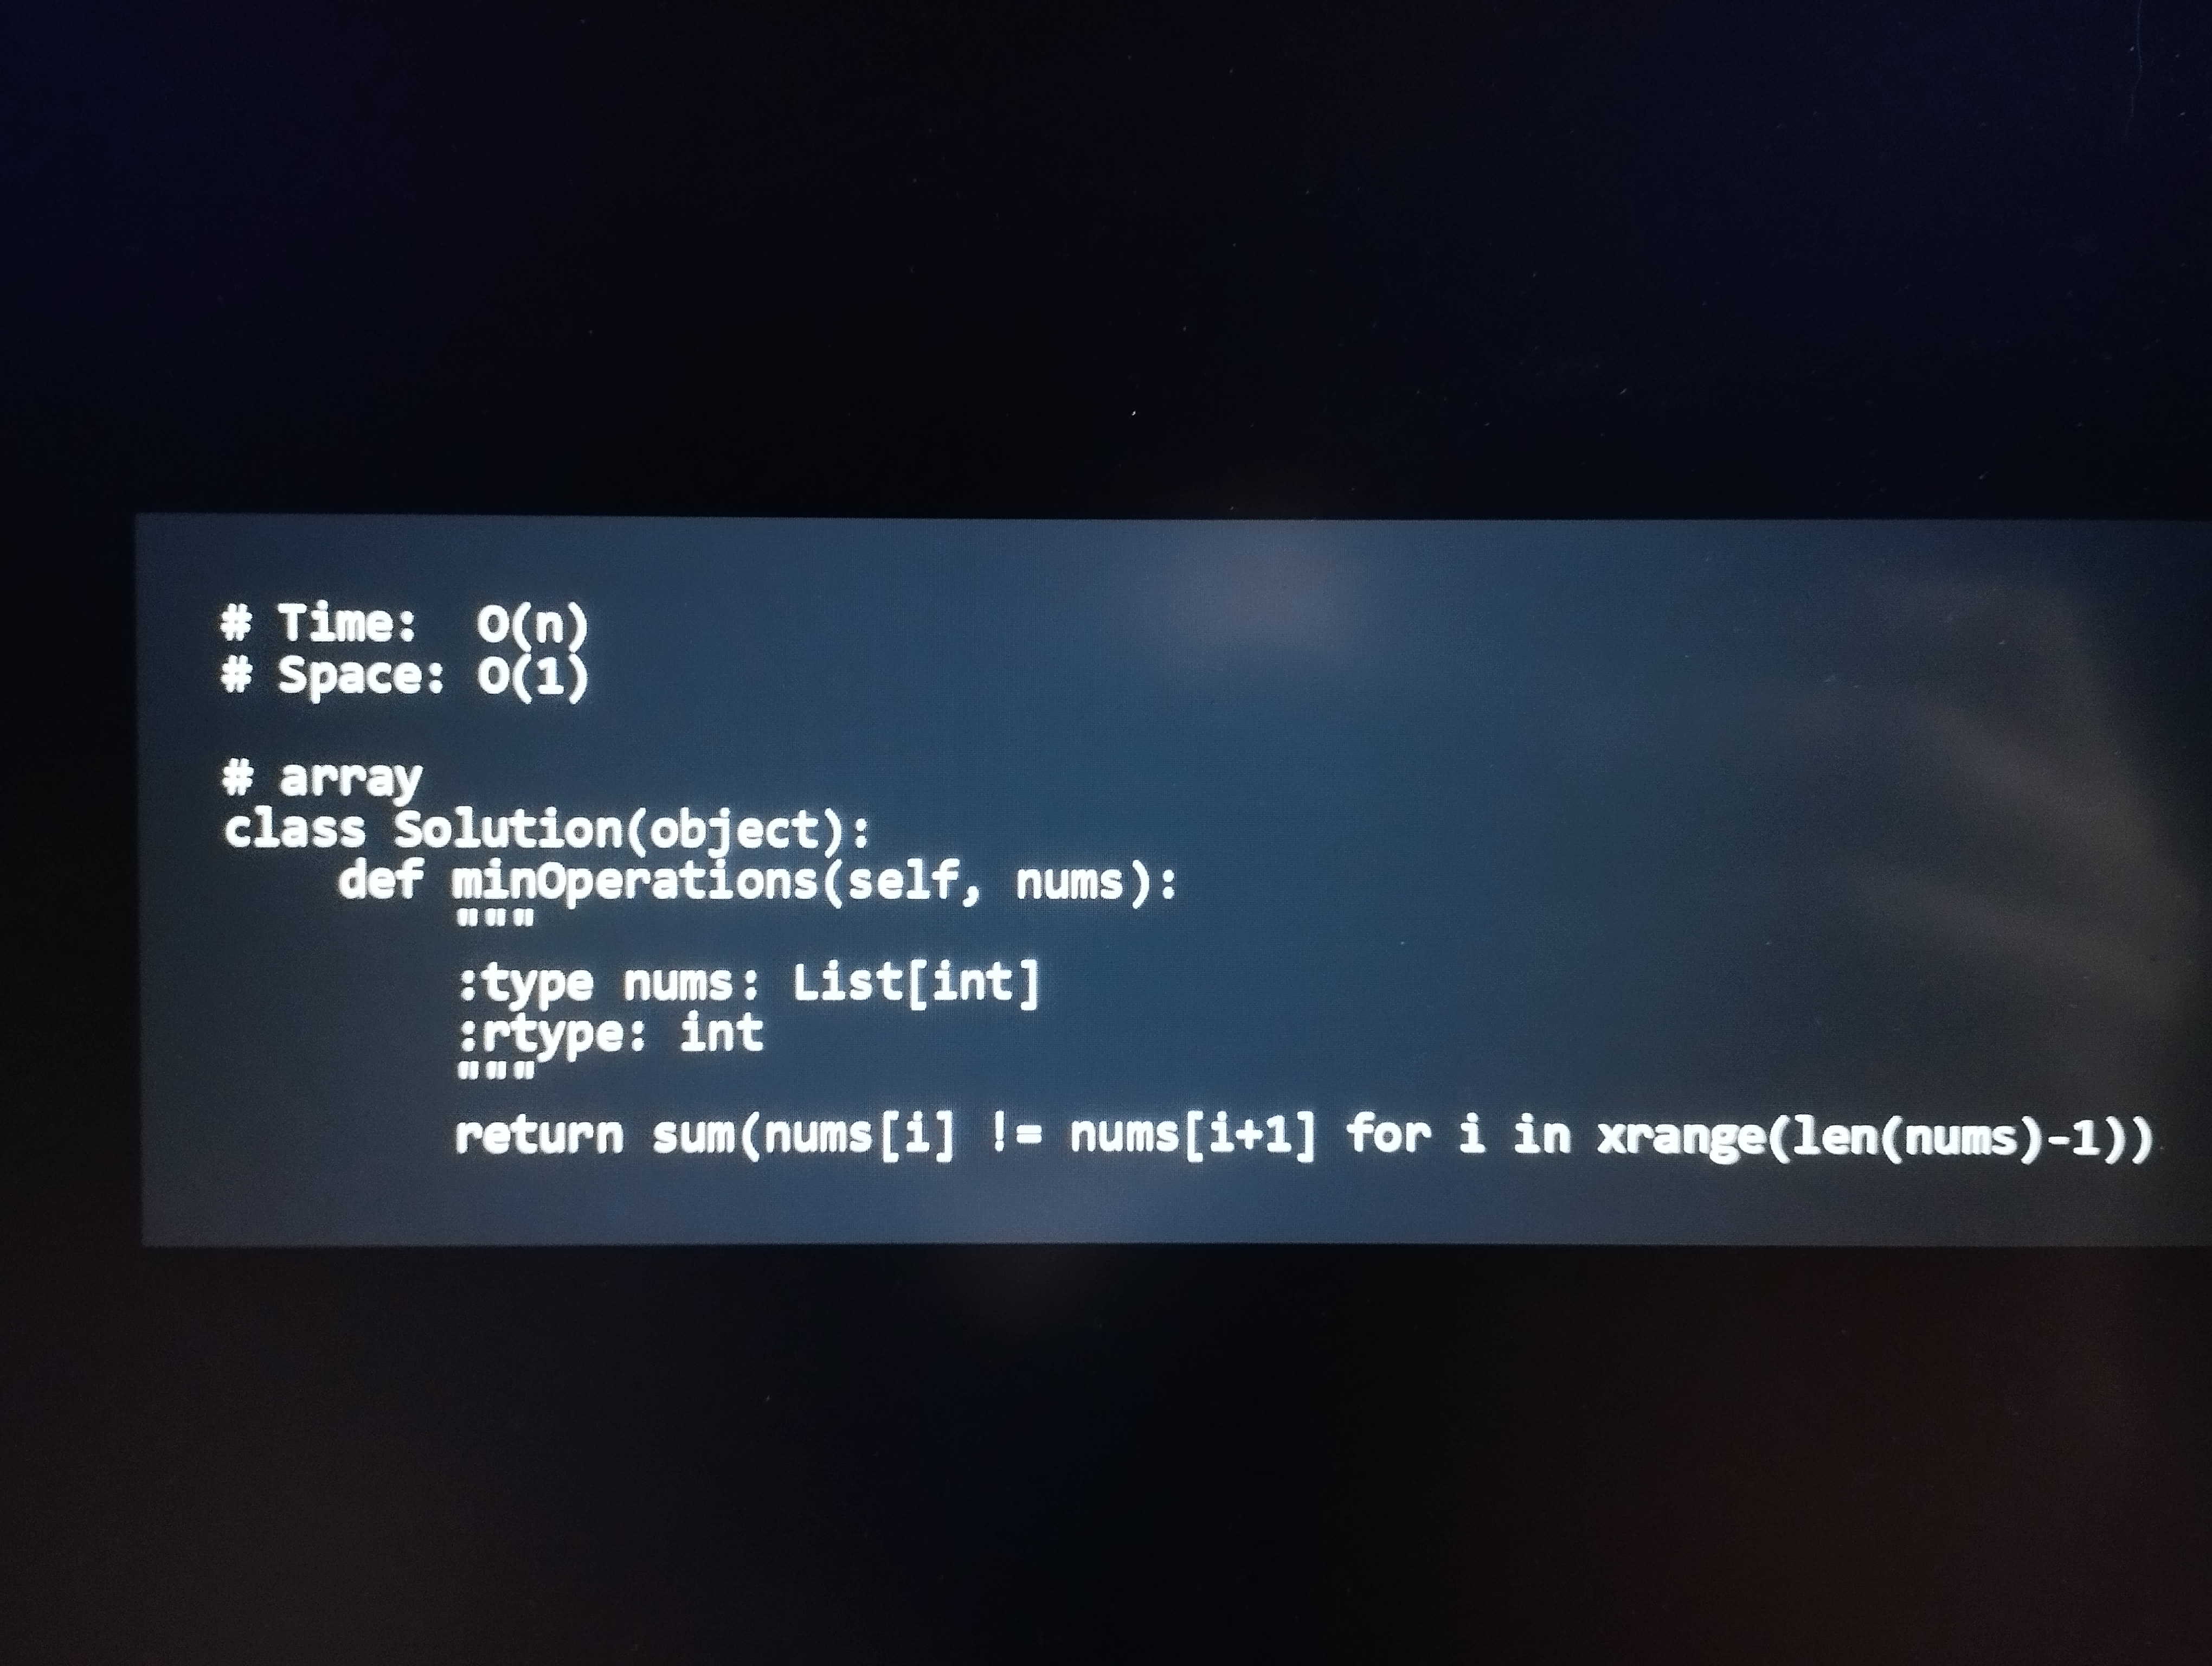
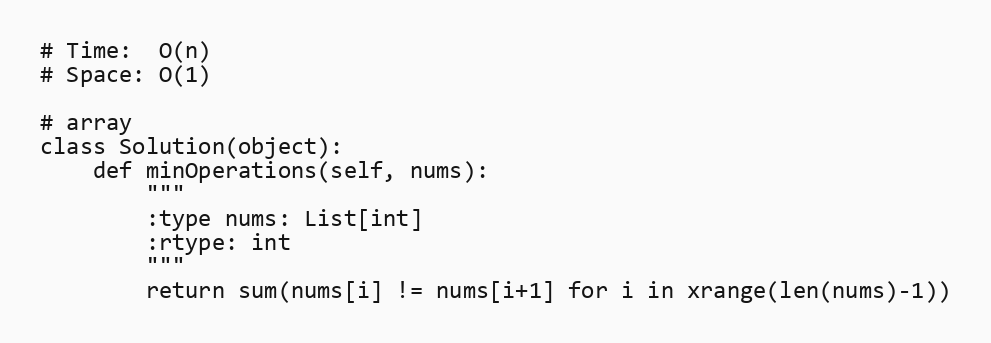
# Time:  O(n)
# Space: O(1)

# array
class Solution(object):
    def minOperations(self, nums):
        """
        :type nums: List[int]
        :rtype: int
        """
        return sum(nums[i] != nums[i+1] for i in xrange(len(nums)-1))